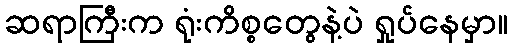
ဆရာကြီးက ရုံးကိစ္စတွေနဲ့ပဲ ရှုပ်နေမှာ။